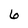
Character: 6